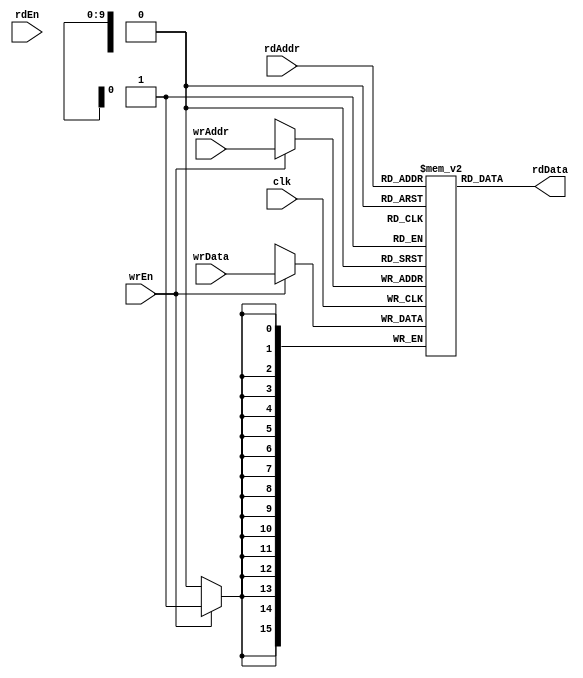
`timescale 1ns / 1ps
module ram #(parameter Width=16,Depth=1024)(
input	clk,
input 	rdEn,
input   wrEn, //Should become high when you want to write to the memory
input [$clog2(Depth)-1:0]   wrAddr, //address for writing
input [Width-1:0]   wrData, //Data to be written
input [$clog2(Depth)-1:0]   rdAddr,
output reg [Width-1:0]  rdData
);


reg [Width-1:0]mem[Depth-1:0];

//Writing to memory logic

always @(posedge clk)
begin
     if(wrEn)
          mem[wrAddr] = wrData;
end

//Read logic
always @(*)
begin
	rdData = mem[rdAddr];
end



endmodule